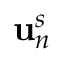
\mathbf { u } _ { n } ^ { s }